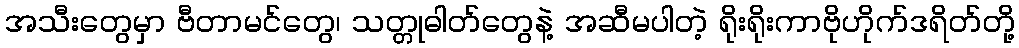
အသီးတွေမှာ ဗီတာမင်တွေ၊ သတ္တုဓါတ်တွေနဲ့ အဆီမပါတဲ့ ရိုးရိုးကာဗိုဟိုက်ဒရိတ်တို့